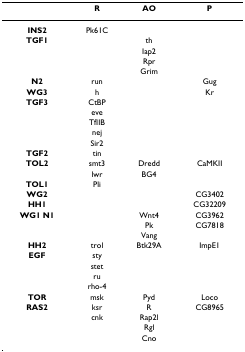
<table><thead><tr><td></td><td><b>R</b></td><td><b>AO</b></td><td><b>P</b></td></tr></thead><tbody><tr><td><b>INS2</b></td><td>Pk61C</td><td></td><td></td></tr><tr><td><b>TGF1</b></td><td></td><td>th</td><td></td></tr><tr><td></td><td></td><td>Iap2</td><td></td></tr><tr><td></td><td></td><td>Rpr</td><td></td></tr><tr><td></td><td></td><td>Grim</td><td></td></tr><tr><td><b>N2</b></td><td>run</td><td></td><td>Gug</td></tr><tr><td><b>WG3</b></td><td>h</td><td></td><td>Kr</td></tr><tr><td><b>TGF3</b></td><td>CtBP</td><td></td><td></td></tr><tr><td></td><td>eve</td><td></td><td></td></tr><tr><td></td><td>TfIIB</td><td></td><td></td></tr><tr><td></td><td>nej</td><td></td><td></td></tr><tr><td></td><td>Sir2</td><td></td><td></td></tr><tr><td><b>TGF2</b></td><td>tin</td><td></td><td></td></tr><tr><td><b>TOL2</b></td><td>smt3</td><td>Dredd</td><td>CaMKII</td></tr><tr><td></td><td>lwr</td><td>BG4</td><td></td></tr><tr><td><b>TOL1</b></td><td>Pli</td><td></td><td></td></tr><tr><td><b>WG2</b></td><td></td><td></td><td>CG3402</td></tr><tr><td><b>HH1</b></td><td></td><td></td><td>CG32209</td></tr><tr><td><b>WG1 N1</b></td><td></td><td>Wnt4</td><td>CG3962</td></tr><tr><td></td><td></td><td>Pk</td><td>CG7818</td></tr><tr><td></td><td></td><td>Vang</td><td></td></tr><tr><td><b>HH2</b></td><td>trol</td><td>Btk29A</td><td>ImpE1</td></tr><tr><td><b>EGF</b></td><td>sty</td><td></td><td></td></tr><tr><td></td><td>stet</td><td></td><td></td></tr><tr><td></td><td>ru</td><td></td><td></td></tr><tr><td></td><td>rho-4</td><td></td><td></td></tr><tr><td><b>TOR</b></td><td>msk</td><td>Pyd</td><td>Loco</td></tr><tr><td><b>RAS2</b></td><td>ksr</td><td>R</td><td>CG8965</td></tr><tr><td></td><td>cnk</td><td>Rap2l</td><td></td></tr><tr><td></td><td></td><td>Rgl</td><td></td></tr><tr><td></td><td></td><td>Cno</td><td></td></tr></tbody></table>